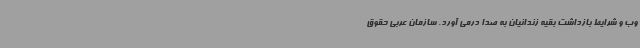
وب و شرایط بازداشت بقیه زندانیان به صدا درمی آورد. سازمان عربی حقوق